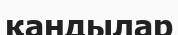
қандылар